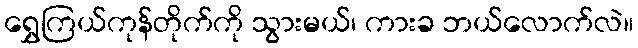
ရွှေကြယ်ကုန်တိုက်ကို သွားမယ်၊ ကားခ ဘယ်လောက်လဲ။